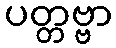
ပတ္တဗ္ဗာ